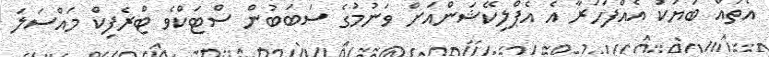
އެެތައް ބަޔަކު އެއްފަހަރާ އެ އެޕްލިކޭޝަންއަށް ވަނުމުގެ ސަބަބުން ސްޓަކްވެ ޓްރެފިކް މައްސަލަ